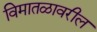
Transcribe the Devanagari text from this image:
विमातळावरील